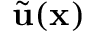
\widetilde { \mathbf { u } } ( \mathbf { x } )